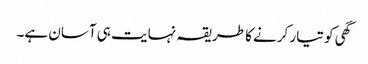
گھی کو تیار کرنے کا طریقہ نہایت ہی آسان ہے۔